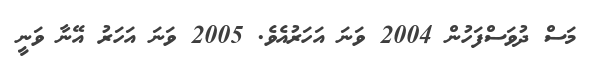
މަސް ދުވަސްފަހުން 2004 ވަނަ އަހަރުއެވެ. 2005 ވަނަ އަހަރު އޭނާ ވަނީ